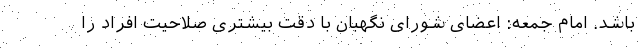
باشد. امام جمعه: اعضای شورای نگهبان با دقت بیشتری صلاحیت افراد را